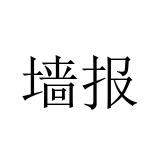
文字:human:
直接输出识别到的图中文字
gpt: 墙报